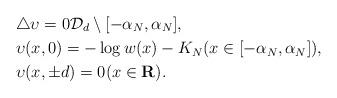
LaTeX: \begin{align*}& \triangle \upsilon = 0 \mathcal{D}_{d} \setminus [-\alpha_{N}, \alpha_{N}], \\& \upsilon(x, 0) = -\log w(x) - K_{N} (x \in [-\alpha_{N}, \alpha_{N}]), \\& \upsilon(x, \pm d) = 0 (x \in \mathbf{R}). \end{align*}